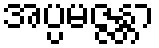
အပ္ပမဇ္ဇန္တာ